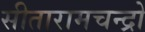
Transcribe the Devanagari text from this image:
सीतारामचन्द्रो